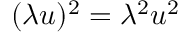
( \lambda u ) ^ { 2 } = \lambda ^ { 2 } u ^ { 2 }